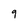
Character: 9